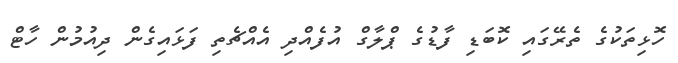
ހޮޅިތަކުގެ ތެރޭގައި ކޮބަޑި ފާޑުގެ ޕްލާގް އުފެއްދި އެއްޗެތި ފަޅައިގެން ދިއުމުން ހާޓް